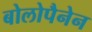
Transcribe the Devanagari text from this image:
बोलोपैनेन